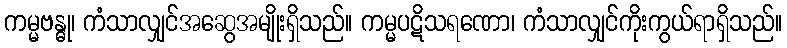
ကမ္မဗန္ဓု၊ ကံသာလျှင်အဆွေအမျိုးရှိသည်။ ကမ္မပဋိသရဏော၊ ကံသာလျှင်ကိုးကွယ်ရာရှိသည်။